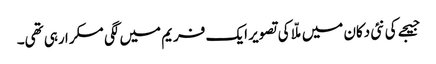
جیجے کی نئی دکان میں ملّا کی تصویر ایک فریم میں لگی مسکرا رہی تھی۔